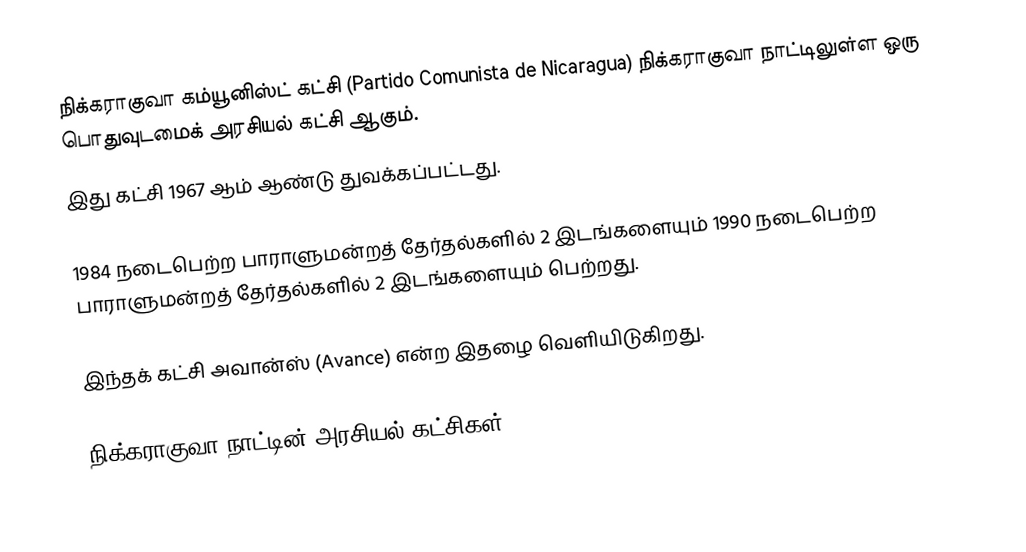
நிக்கராகுவா கம்யூனிஸ்ட் கட்சி (Partido Comunista de Nicaragua) நிக்கராகுவா நாட்டிலுள்ள ஒரு பொதுவுடமைக் அரசியல் கட்சி ஆகும்.
இது கட்சி 1967 ஆம் ஆண்டு துவக்கப்பட்டது.

1984 நடைபெற்ற பாராளுமன்றத் தேர்தல்களில் 2 இடங்களையும் 1990 நடைபெற்ற பாராளுமன்றத் தேர்தல்களில் 2 இடங்களையும் பெற்றது.

இந்தக் கட்சி அவான்ஸ் (Avance) என்ற இதழை வெளியிடுகிறது.

நிக்கராகுவா நாட்டின் அரசியல் கட்சிகள்